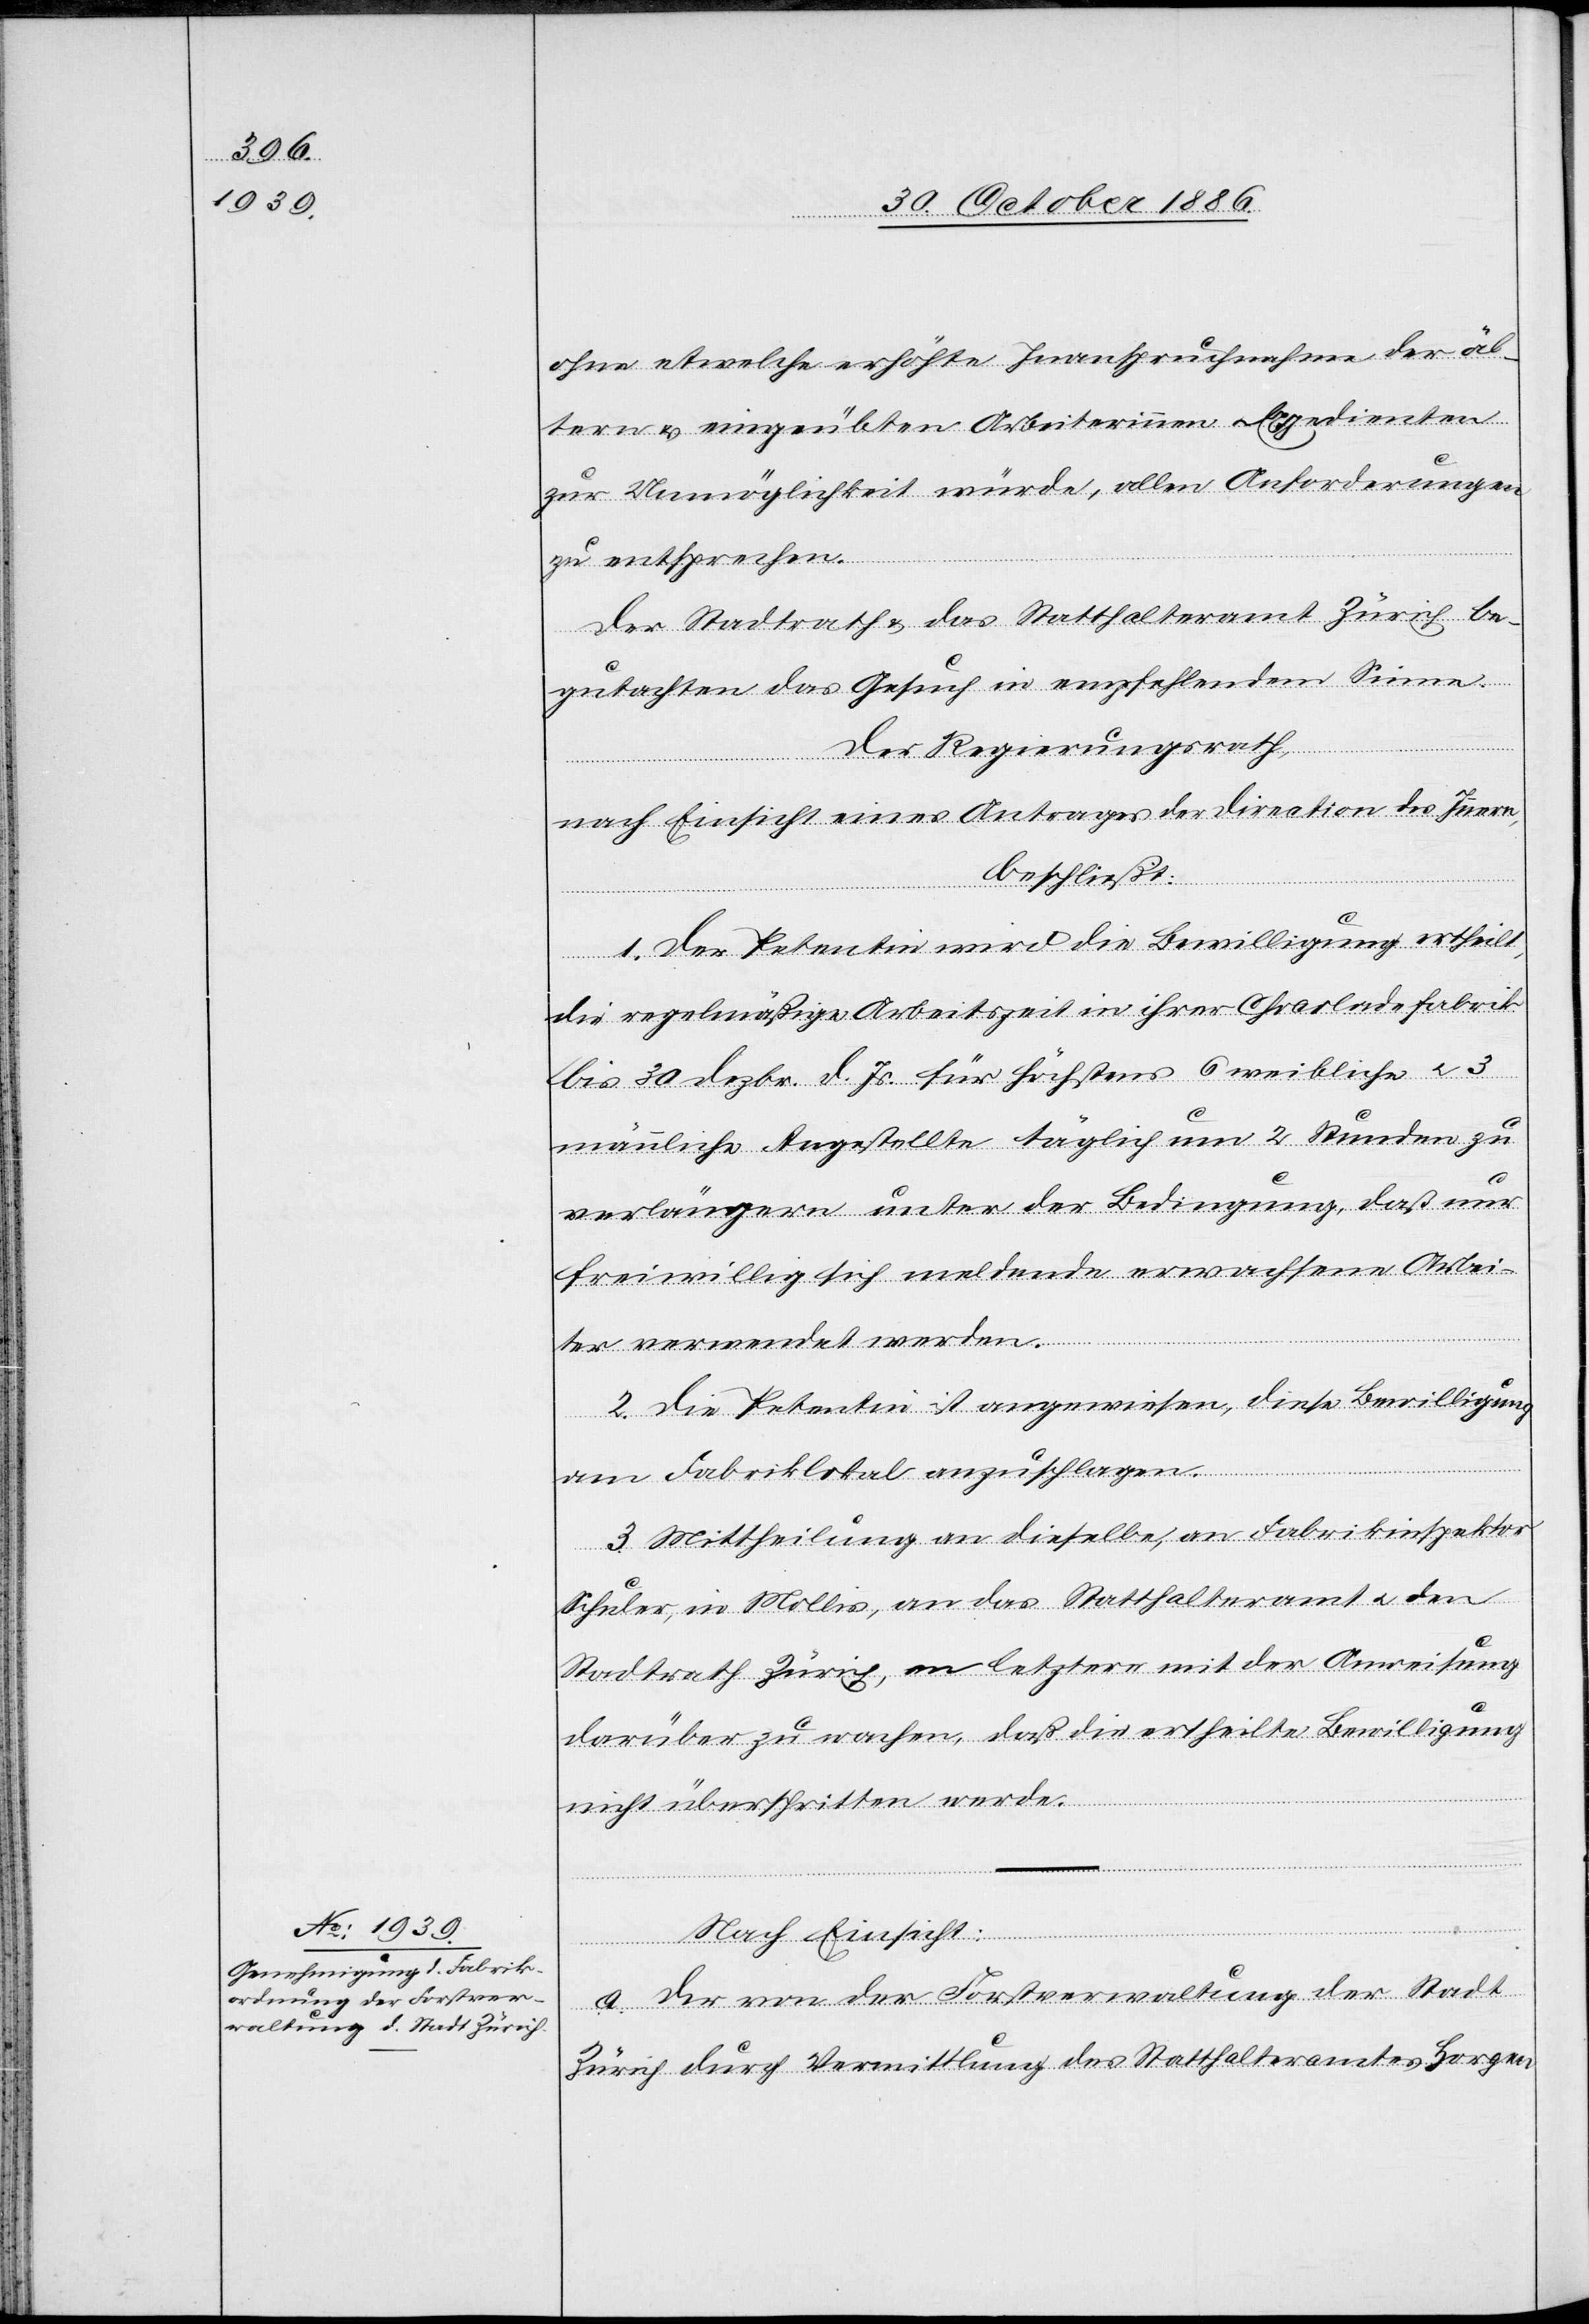
ohne etwelche erhöhte Inanspruchnahme der äl¬
tern & eingeübten Arbeiterinnen & Expedienten
zur Unmöglichkeit würde, allen Anforderungen
zu entsprechen.
Der Stadtrath & das Statthalteramt Zürich be¬
gutachten das Gesuch in empfehlendem Sinne.
Der Regierungsrath,
nach Einsicht eines Antrages der Direction des Innern,
beschließt:
1. Der Petentin wird die Bewilligung ertheilt,
die regelmäßige Arbeitszeit in ihrer Chocoladefabrik
bis 30. Dezbr. d. Js. für höchstens 6 weibliche & 3
männliche Angestellte täglich um 2 Stunden zu
verlängern unter der Bedingung, daß nur
freiwillig sich meldende erwachsene Arbei¬
ter verwendet werden.
2. Die Petentin ist angewiesen, diese Bewilligung
am Fabriklokal anzuschlagen.
3. Mittheilung an dieselbe, an Fabrikinspektor
Schuler, in Mollis, an das Statthalteramt & den
Stadtrath Zürich, an letztere mit der Anweisung
darüber zu wachen, daß die ertheilte Bewilligung
nicht überschritten werde.
Nach Einsicht:
a. der von der Forstverwaltung der Stadt
Zürich durch Vermittlung des Statthalteramtes Horgen